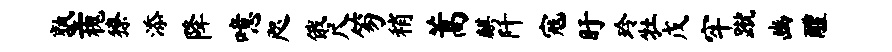
塾槐獠添降噫咫俄尺笏稍蒿麒阡寇盱玲牡戊牢蹴豳醴